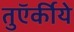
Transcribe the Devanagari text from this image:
तुऍर्कीये